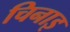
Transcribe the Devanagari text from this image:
चिनाइ